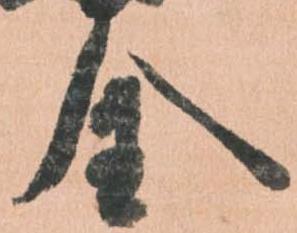
全